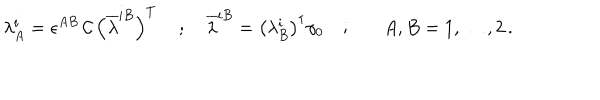
\lambda _ { A } ^ { i } = \epsilon ^ { A B } \, \mathcal { C } \, \left( \overline { { { \lambda } } } ^ { i B } \right) ^ { T } \, \quad ; \quad \overline { { { \lambda } } } ^ { i B } = \left( \lambda _ { B } ^ { i } \right) ^ { \dagger } \gamma _ { 0 } \quad ; \quad A , B = 1 , \dots , 2 \, .